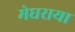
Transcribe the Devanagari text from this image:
मेघराया